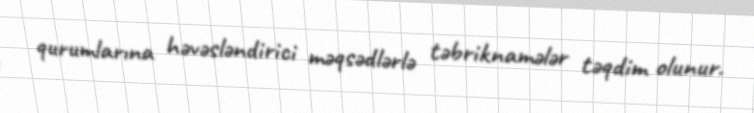
qurumlarına həvəsləndirici məqsədlərlə təbriknamələr təqdim olunur.